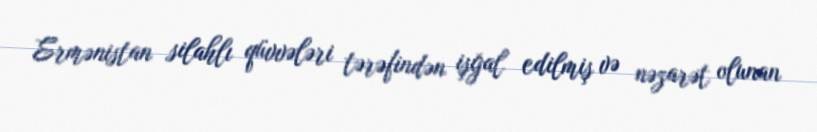
Ermənistan silahlı qüvvələri tərəfindən işğal edilmiş və nəzarət olunan